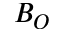
B _ { O }